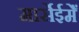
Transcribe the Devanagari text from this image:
मार्सेईमेँ